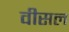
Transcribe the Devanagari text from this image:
वीसल